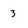
Character: 3